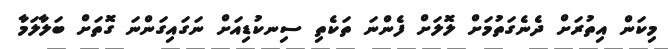
މިކަން އިތުރަށް ދެނެގަތުމަށް ލޮލަށް ފެންނަ ތަކެތި ސިނކުޑިއަށް ނަގައިގަންނަ ގޮތަށް ބަލާލަމާ